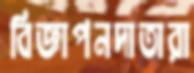
বিজ্ঞাপনদাতারা